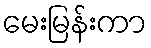
မေးမြန်းကာ